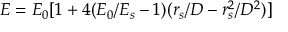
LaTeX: E = E _ { 0 } [ 1 + 4 ( E _ { 0 } / E _ { s } - 1 ) ( r _ { s } / D - r _ { s } ^ { 2 } / D ^ { 2 } ) ]